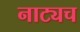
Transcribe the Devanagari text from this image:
नाट्यच